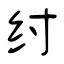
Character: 纣